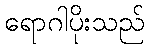
ရောဂါပိုးသည်